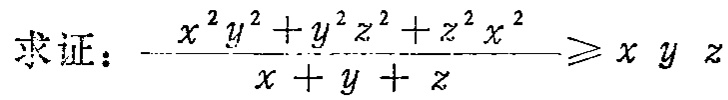
求证：$\frac{x^{2}y^{2}+y^{2}z^{2}+z^{2}x^{2}}{x + y + z}\geqslant xyz$